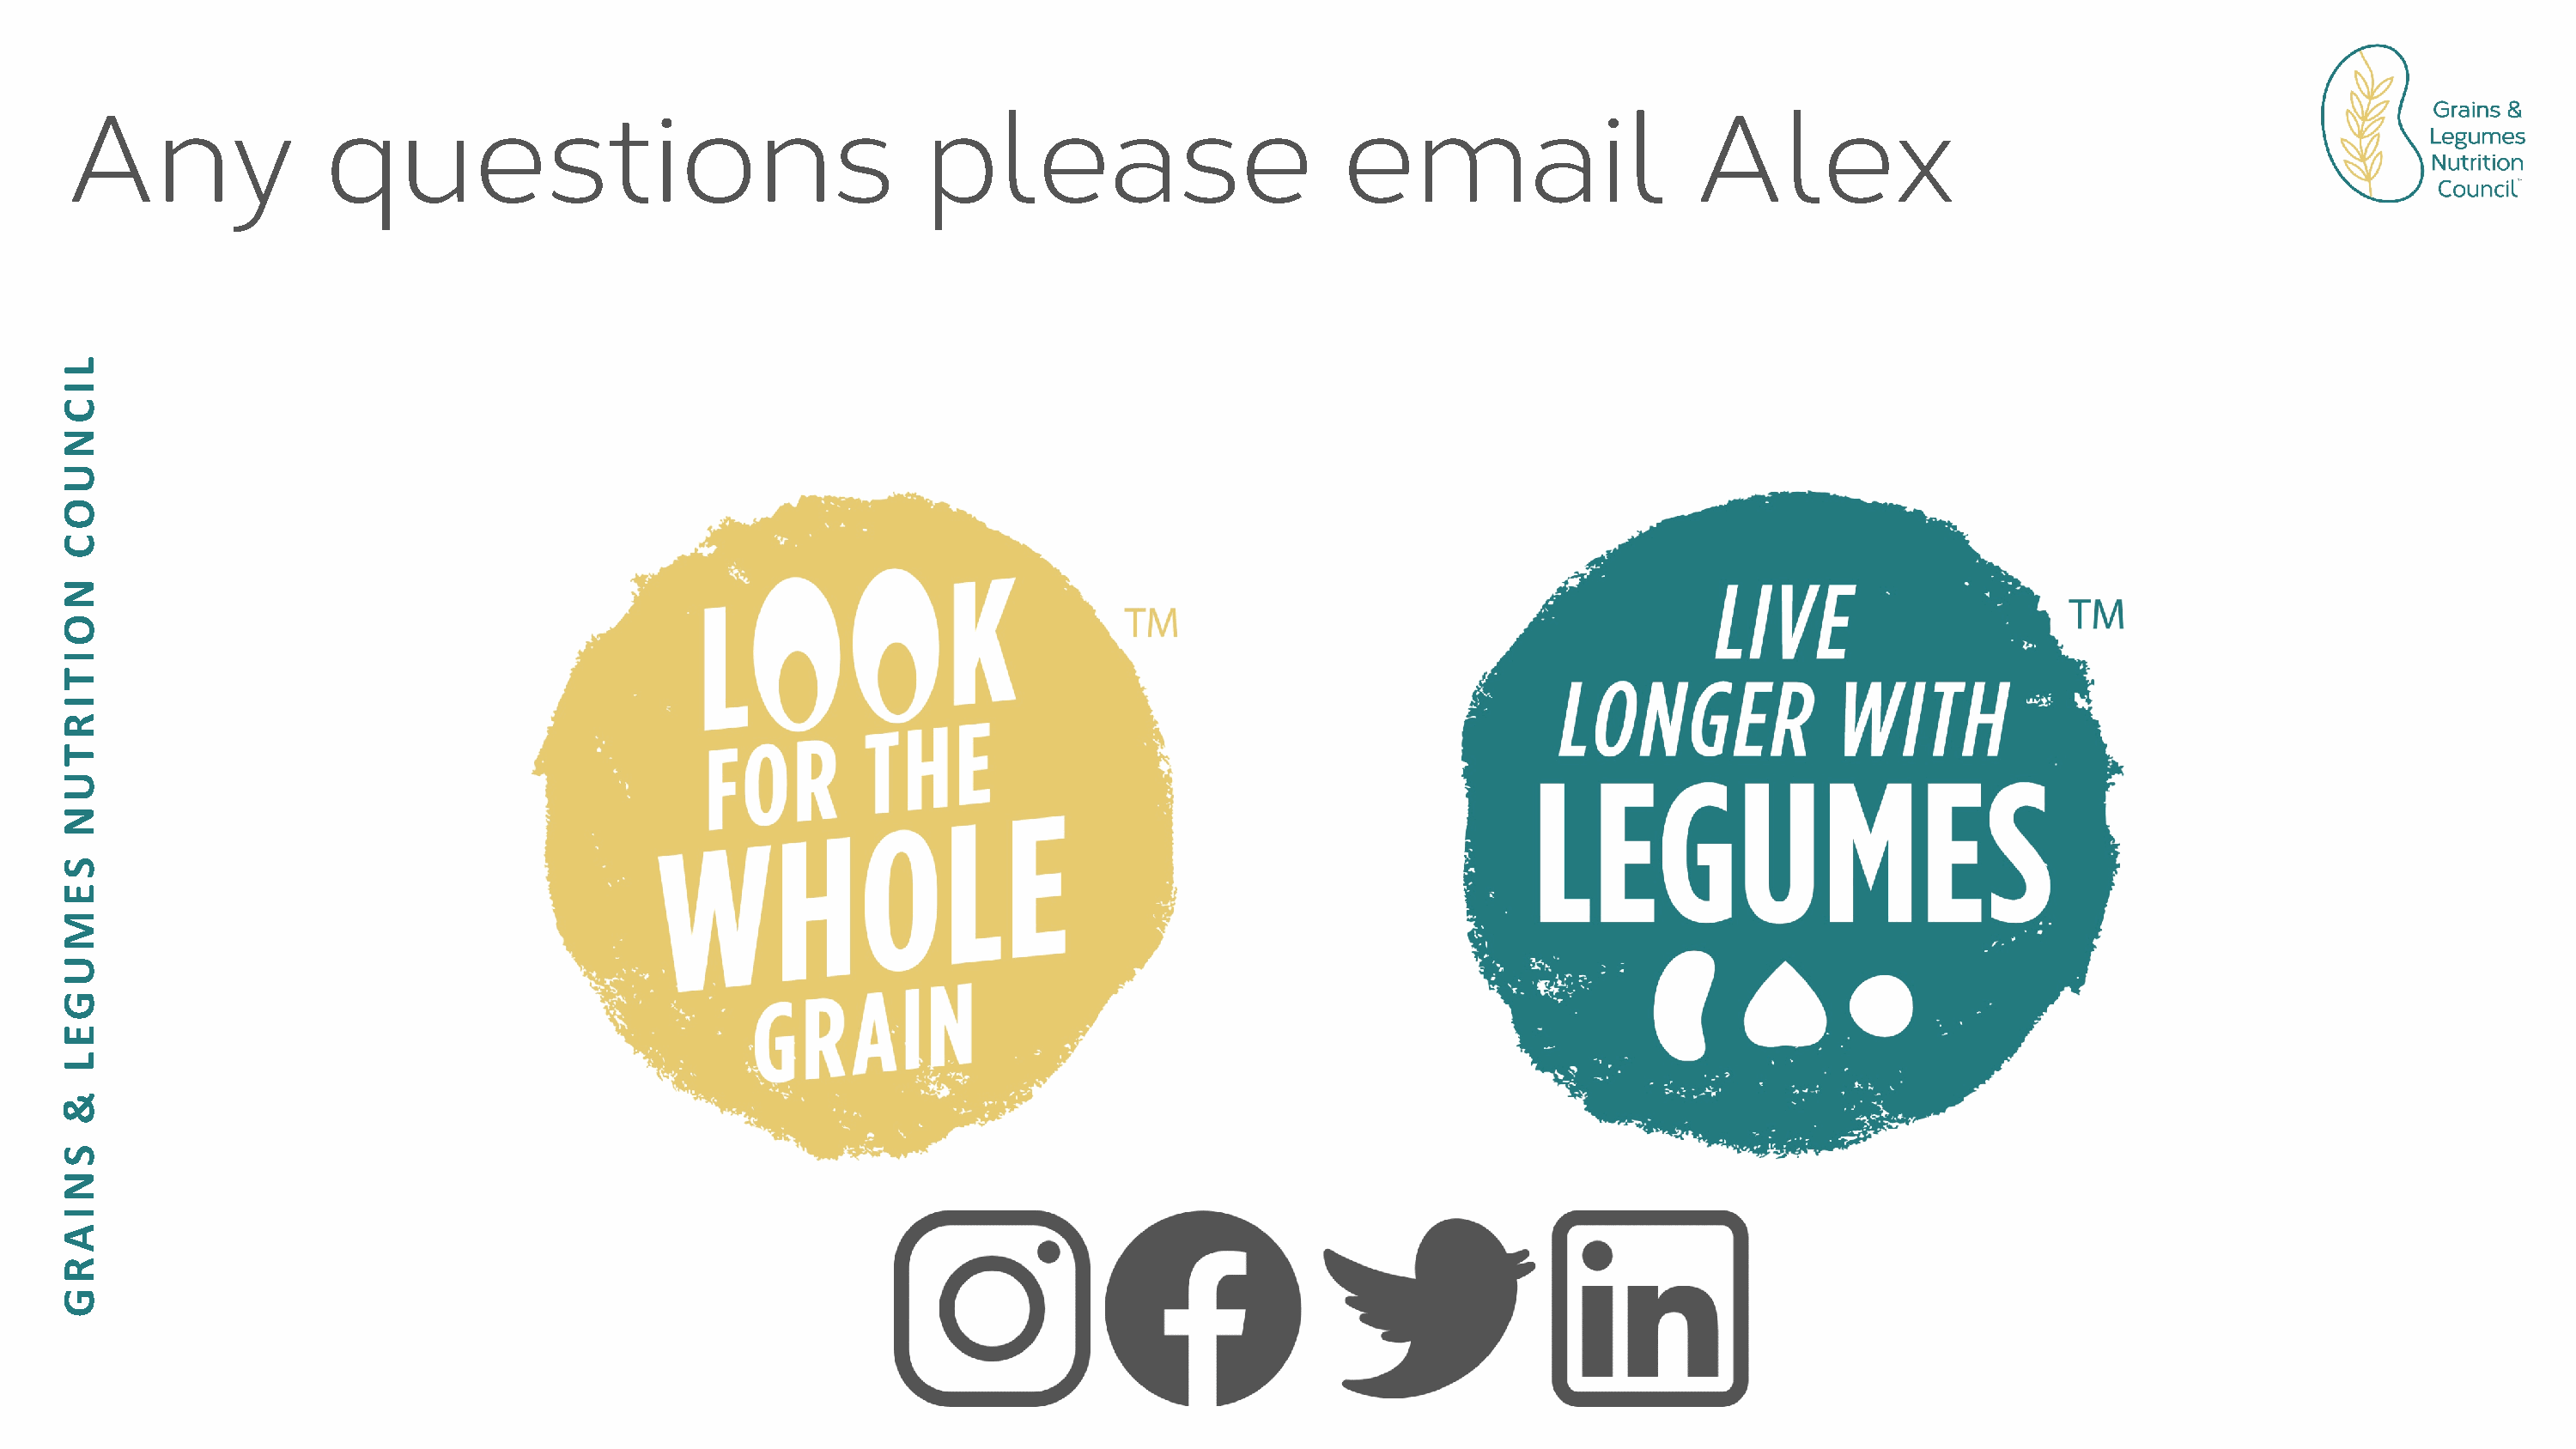
Any                 questions                                     please                           email                      Alex
 LICNUOC
 NOITIRTUN
 SEMUGEL
 &
 SNIARG